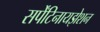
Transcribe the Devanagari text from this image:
सर्पेंटिनायझेशन